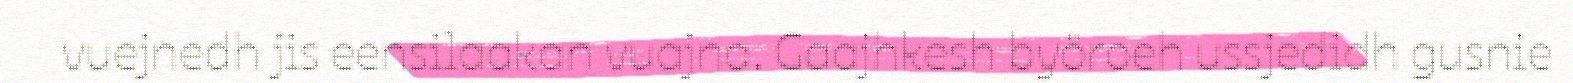
vuejnedh jis eensilaakan vuajna. Gaajhkesh byöroeh ussjedidh gusnie